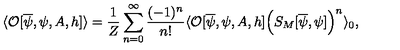
\langle { \cal O } [ \overline { { \psi } } , \psi , A , h ] \rangle = \frac { 1 } { Z } \sum _ { n = 0 } ^ { \infty } \frac { ( - 1 ) ^ { n } } { n ! } \langle { \cal O } [ \overline { { \psi } } , \psi , A , h ] \Big ( S _ { M } [ \overline { { \psi } } , \psi ] \Big ) ^ { n } \rangle _ { 0 } ,